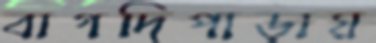
বাগদিপাড়ায়